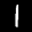
Label: 1